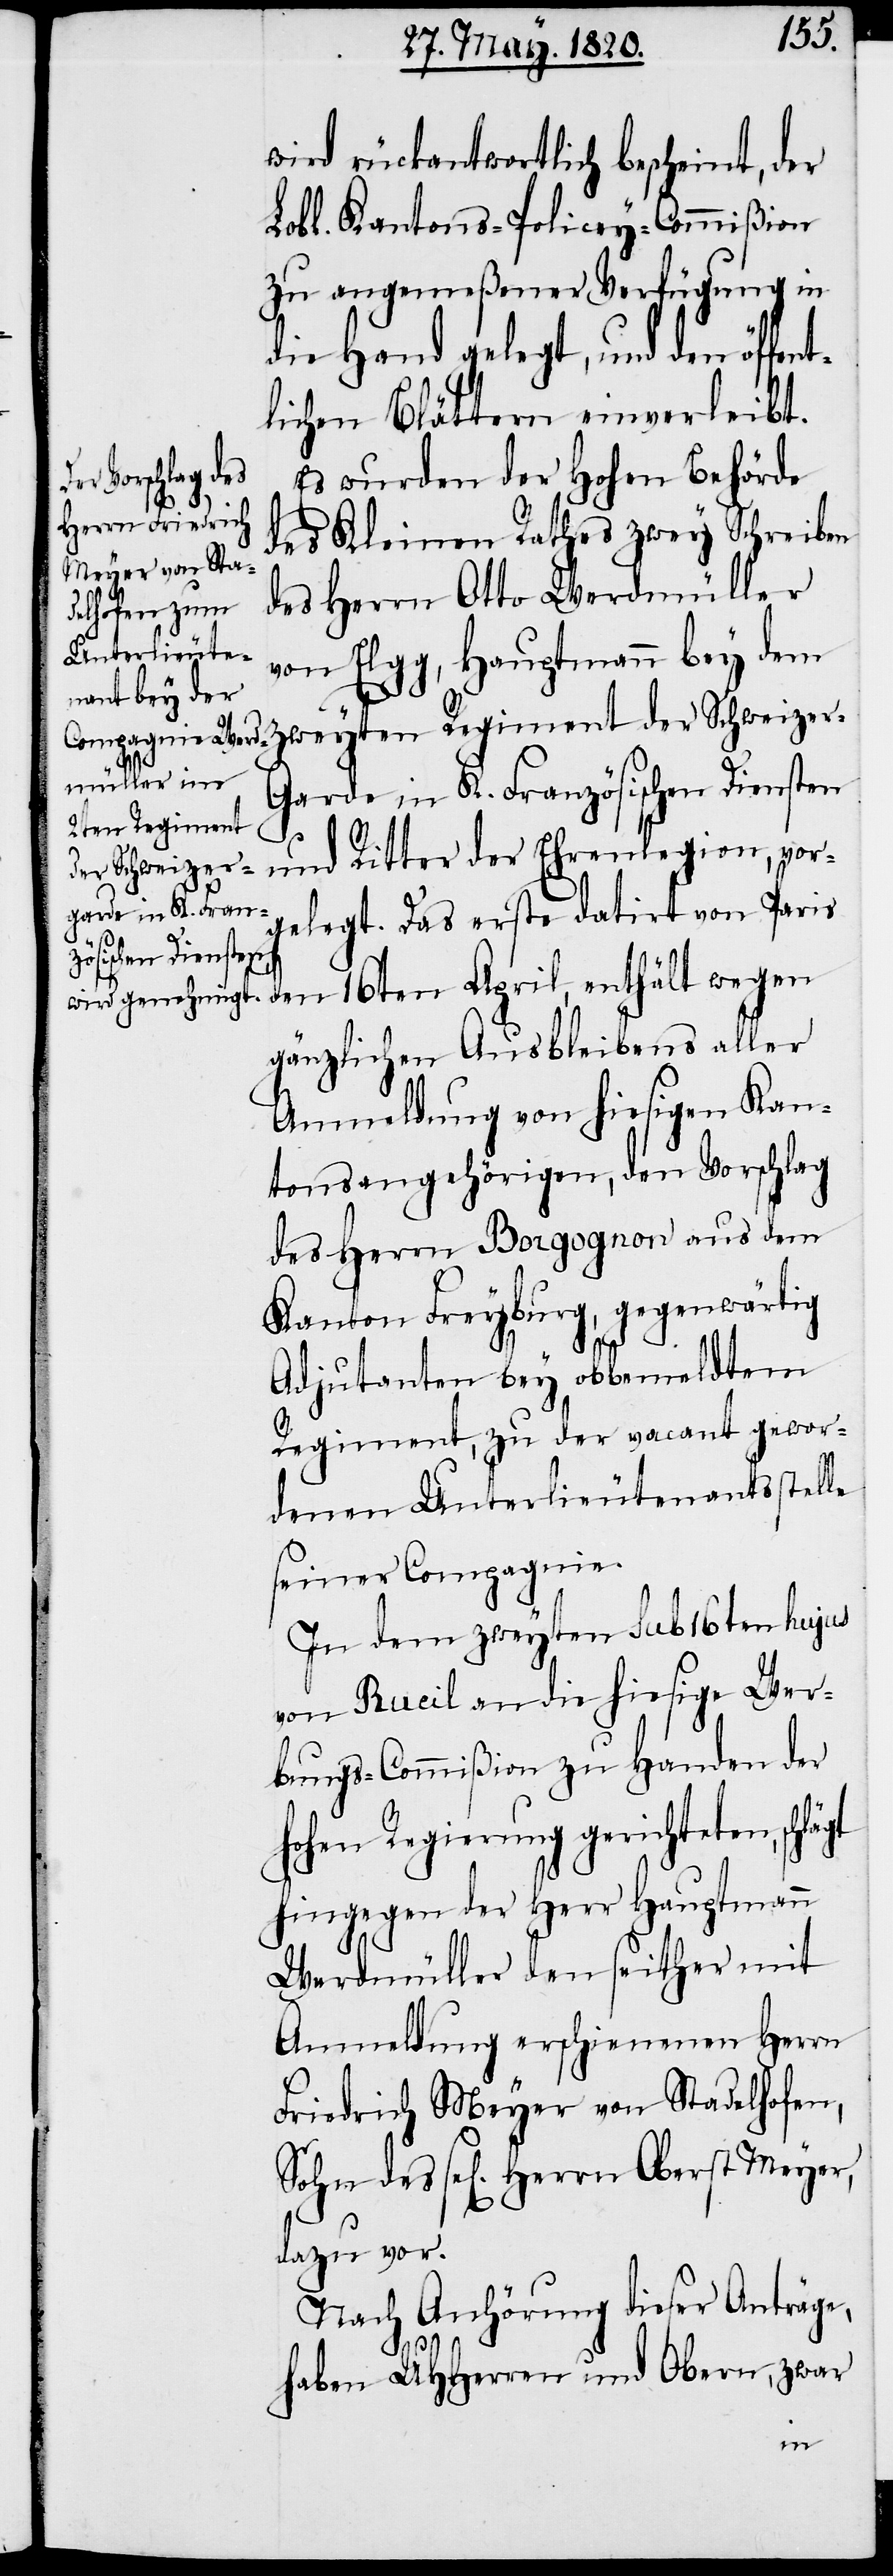
wird rückantwortlich bescheint, der
Lobl. Kantons-Policey-Commißion
zu angemeßener Verfügung in
die Hand gelegt, und den öffent¬
lichen Blättern einverleibt.
Es wurden der Hohen Behörde
des Kleinen Rathes zwey Schreiben
des Herrn Otto Werdmüller
von Elgg, Hauptmann bey dem
zweyten Regiment der Schweize¬
r-Garde in K. Französischen Diensten
und Ritter der Ehrenlegion, vor¬
gelegt. Das erste datirt von Paris
gänzlichen Ausbleibens aller
Anmeldung von hiesigen Kan¬
tonsangehörigen, den Vorschlag
des Herrn Borgognon aus dem
Kanton Freyburg, gegenwärtig
Adjutanten bey obbemeldtem
Regiment, zu der vacant gewor¬
denen Unterlieutenantsstelle
seiner Compagnie.
In dem zweyten sub 16ten hujus
von Rueil an die hiesige Wer¬
bungs-Commißion zu Handen der
hohen Regierung gerichteten,
hingegen der Herr Hauptmann
Werdmüller den seither mit
Anmeldung erschienenen Herrn
Friedrich Meyer von Stadelhofen,
dazu vor.
Nach Anhörung dieser Anträge,
haben UHHerren und Obern, zwar